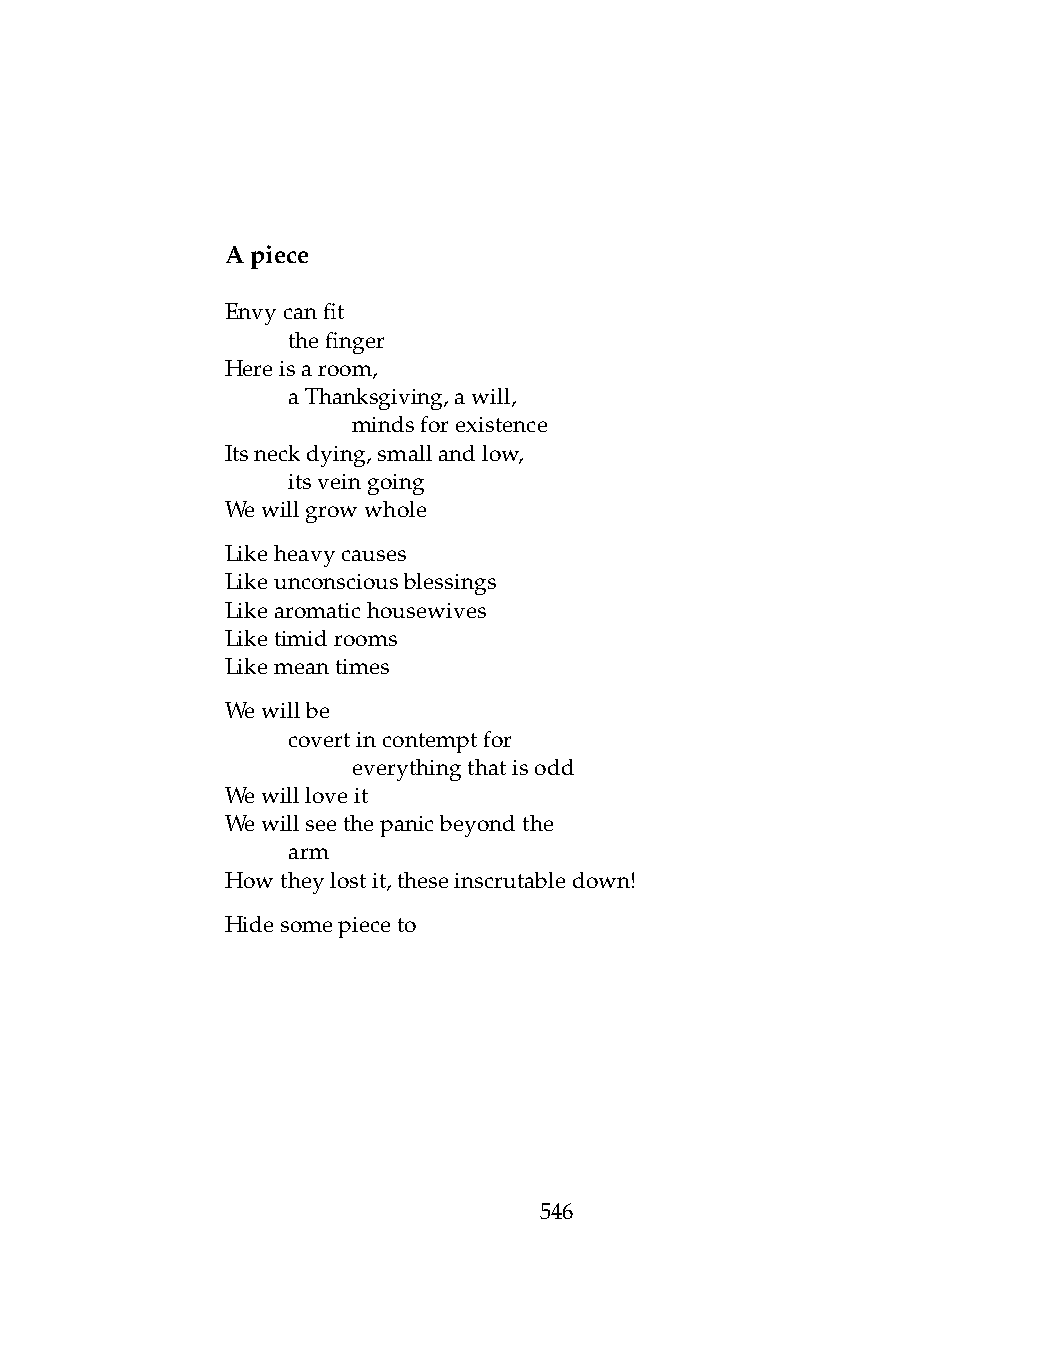
Apiece
 Envycanfit
 .   thefinger
 Hereisaroom,
 .   aThanksgiving,awill,
 .   .   mindsforexistence
 Itsneckdying,smallandlow,
 .   itsveingoing
 Wewillgrowwhole
 Likeheavycauses
 Likeunconsciousblessings
 Likearomatichousewives
 Liketimidrooms
 Likemeantimes
 Wewillbe
 .   covertincontemptfor
 .   .   everythingthatisodd
 Wewillloveit
 Wewillseethepanicbeyondthe
 .   arm
 Howtheylostit,theseinscrutabledown!
 Hidesomepieceto
 546